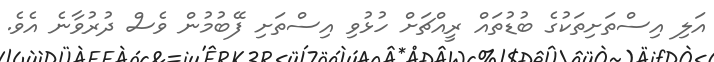
އަލި އިސްތަށިތަކުގެ ބުޑުތައް ރީއްޗަށް ހުޅުވި އިސްތަށި ފޭބުމުން ވެސް ދުރުވާނެ އެވެ.